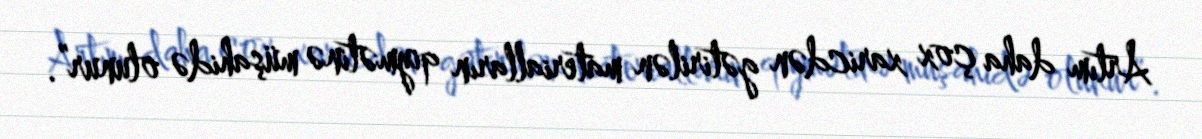
Artım daha çox xaricdən gətirilən materialların qiymətinə müşahidə olunur”.